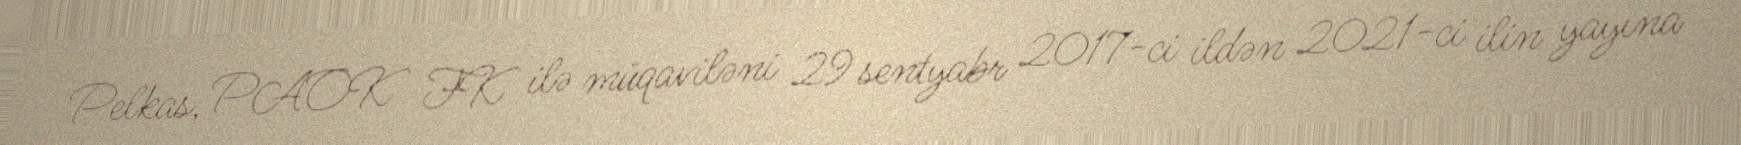
Pelkas, PAOK FK ilə müqaviləni 29 sentyabr 2017-ci ildən 2021-ci ilin yayına